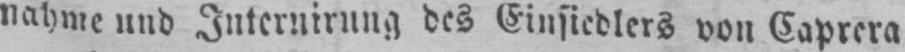
nahme und Internirung des Einsiedlers von Caprera